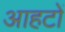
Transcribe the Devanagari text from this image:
आहटों